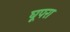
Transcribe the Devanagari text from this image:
घूपरा